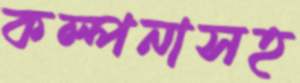
কল্পনাসহ